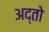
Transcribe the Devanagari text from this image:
अद्तो